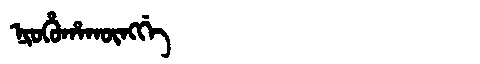
Manchu: ᠨᡳᠣᡥᡠᡥᠠᡴᡡᠩᡤᡝ
Romanization: NIOHUHAKŪNGGE